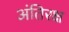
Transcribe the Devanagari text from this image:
अंतिरक्ष